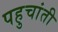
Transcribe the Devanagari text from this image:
पहुचांती